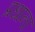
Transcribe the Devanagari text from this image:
प्रधाना